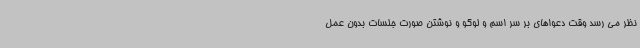
نظر می رسد وقت دعواهای بر سر اسم و لوگو و نوشتن صورت جلسات بدون عمل